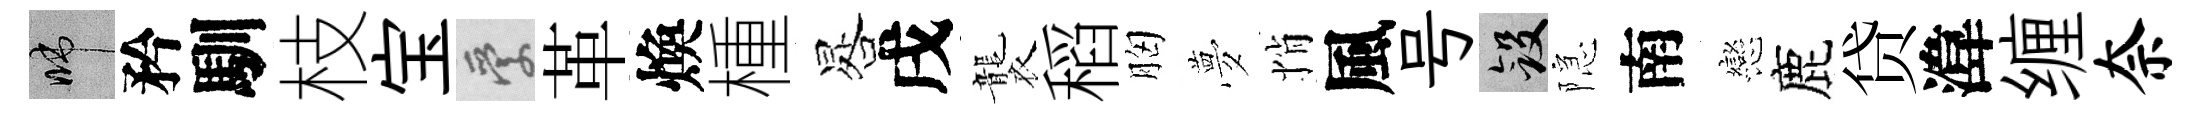
啼矜馴枝宝愛革煥㮔晷戌襲稻胸夢悄風号斂隠南戀鹿贷湋缠奈